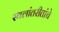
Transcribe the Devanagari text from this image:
स्थलांतरीतांचे